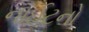
નાઈટનો